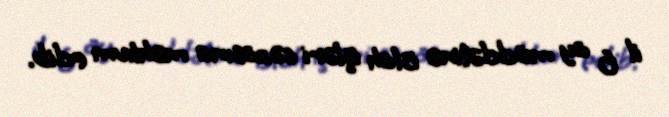
il 6 ay müddətinə islah işləri cəzasına məhkum edib.